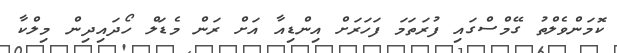
ކޮމަންވެލްތު ގޭމްސްގައި ފުރަތަމަ ފަހަރަށް އިންޑިއާ އަށް ރަން މެޑަލް ހޯދައިދިން މިލްކާ